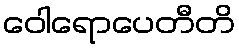
ဝေါရောပေတီတိ